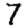
Digit: 7